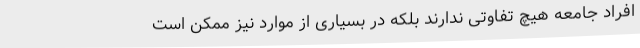
افراد جامعه هیچ تفاوتی ندارند بلکه در بسیاری از موارد نیز ممکن است